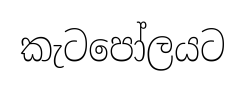
කැටපෝලයට